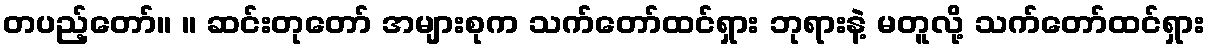
တပည့်တော်။ ။ ဆင်းတုတော် အများစုက သက်တော်ထင်ရှား ဘုရားနဲ့ မတူလို့ သက်တော်ထင်ရှား